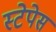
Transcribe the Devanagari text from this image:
स्टेपेस